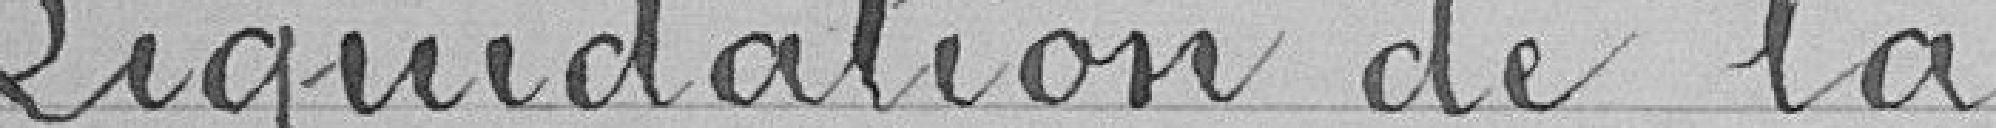
Liquidation de la